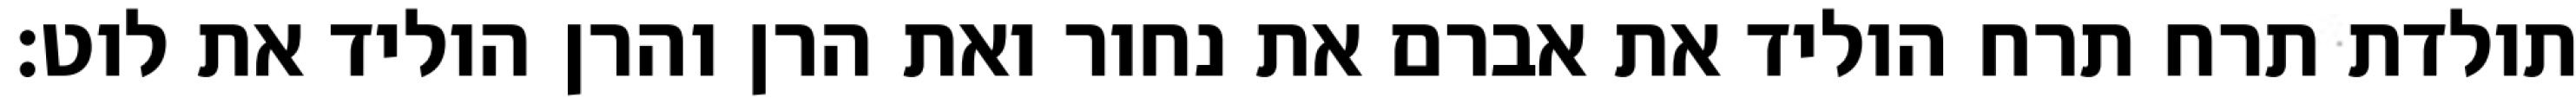
תולדת תרח תרח הוליד את אברם את נחור ואת הרן והרן הוליד את לוט׃